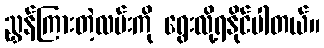
ညွှန်ကြားတဲ့လမ်းကို ရွေးလို့ရနိုင်ပါတယ်။